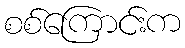
စစ်ကြောင်းက